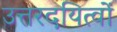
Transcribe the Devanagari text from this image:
उत्तरदयित्वों